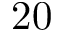
2 0